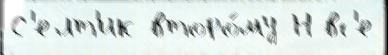
С'елт'ик второ́му Н вс'е